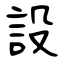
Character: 設